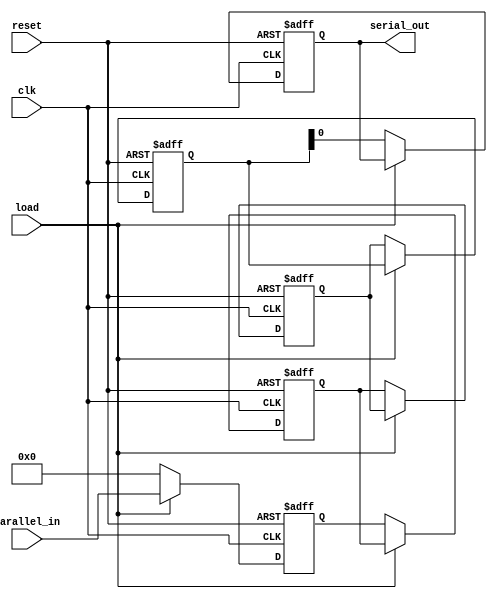
module parameterized_shift_register #(
    parameter WIDTH = 8,   // Number of bits in the shift register
    parameter DEPTH = 4    // Number of stages (or registers)
)(
    input wire clk,                // Clock signal
    input wire reset,              // Asynchronous reset signal
    input wire load,               // Load signal
    input wire [WIDTH-1:0] parallel_in, // Parallel input data
    output reg serial_out          // Serial output
);

    // Internal register to hold the shift register data
    reg [WIDTH-1:0] shift_reg [0:DEPTH-1];

    integer i;

    always @(posedge clk or posedge reset) begin
        if (reset) begin
            // Clear all stages of the shift register
            for (i = 0; i < DEPTH; i = i + 1) begin
                shift_reg[i] <= {WIDTH{1'b0}};
            end
            serial_out <= 1'b0; // Clear serial output
        end else if (load) begin
            // Load parallel input into the first stage
            shift_reg[0] <= parallel_in;
        end else begin
            // Shift the register contents
            serial_out <= shift_reg[DEPTH-1][0]; // Output the LSB of the last stage
            for (i = DEPTH-1; i > 0; i = i - 1) begin
                shift_reg[i] <= shift_reg[i-1]; // Shift right
            end
            shift_reg[0] <= {WIDTH{1'b0}}; // Clear the first stage after shifting
        end
    end

endmodule